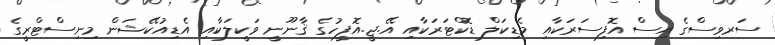
ސަރވިސްގެ އިސް އޮފިސަރަކާއި މެޑިކަލް ޑޮކްޓަރަކާއި އޭ.ޖީ.އޮފީހުގެ ޤާނޫނީ ވަކީލަކާއި އެޑިއުކޭޝަން މިނިސްޓްރީގެ